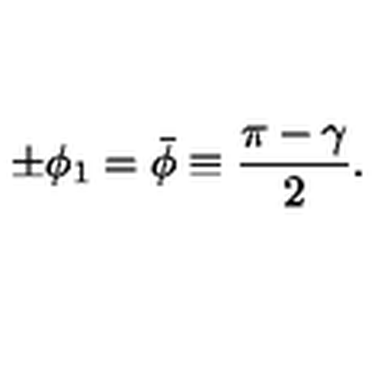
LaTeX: \pm \phi _ { 1 } = \bar { \phi } \equiv { \frac { \pi - \gamma } { 2 } } .